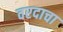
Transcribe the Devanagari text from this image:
वरदाचा